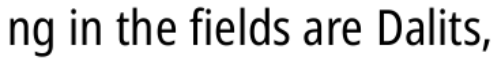
ng in the fields are Dalits,